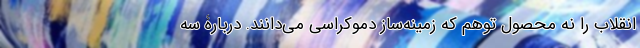
انقلاب را نه محصول توهم که زمینه‌ساز دموکراسی می‌دانند. دربارۀ سه